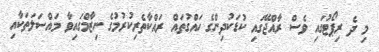
މި ދެ ރިޕޯޓުގައި ވެސް ރާއްޖޭގައި ކުޑަކުދިންގެ ހައްގުތައް ރައްކާތެރިކުރުމުގެ ނިޒާމްގައިވާ މައްސަލަތަކާއި